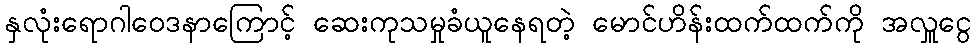
နှလုံးရောဂါဝေဒနာကြောင့် ဆေးကုသမှုခံယူနေရတဲ့ မောင်ဟိန်းထက်ထက်ကို အလှူငွေ